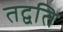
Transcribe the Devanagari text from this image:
तद्वति